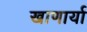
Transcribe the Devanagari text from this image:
खाणार्या